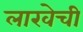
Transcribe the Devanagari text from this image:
लाखेची